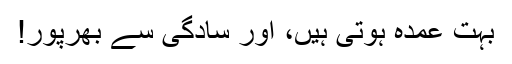
بہت عمدہ ہوتی ہیں، اور سادگی سے بھرپور!